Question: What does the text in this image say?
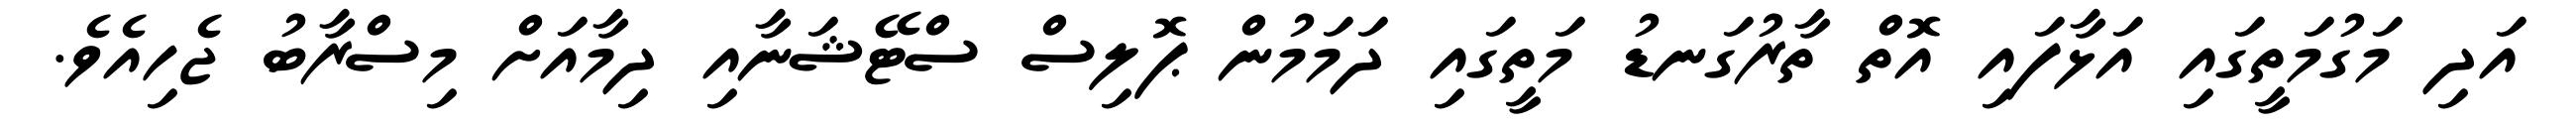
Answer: އަދި މަގުމަތީގައި އަޅާފައި އޮތް ތާރުގަނޑު މަތީގައި ދަމަމުން ޕޮލިސް ސްޓޭޝަނާއި ދިމާއަށް މިސްރާބު ޖެހިއެވެ.